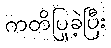
ကတိပြုခဲ့ပြီး